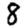
Digit: 8